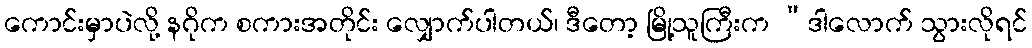
ကောင်းမှာပဲလို့ နဂိုက စကားအတိုင်း လျှောက်ပါတယ်၊ ဒီတော့ မြို့သူကြီးက “ဒါလောက် သွားလိုရင်